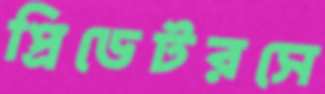
প্রিডেটরসে